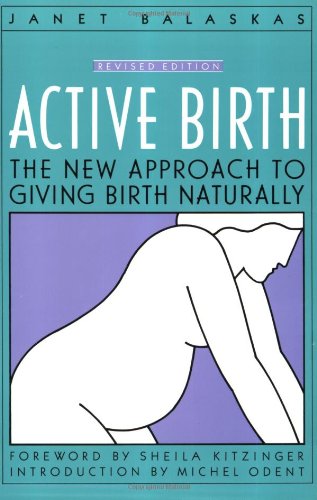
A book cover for Active Birth: The New Approach to Giving Birth Naturally (Non); Janet Balaskas; Parenting & Relationships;